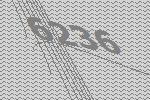
6236